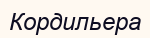
Кордильера